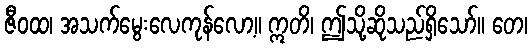
ဇီဝထ၊ အသက်မွေးလေကုန်လော့။ ဣတိ၊ ဤသို့ဆိုသည်ရှိသော်။ တေ၊